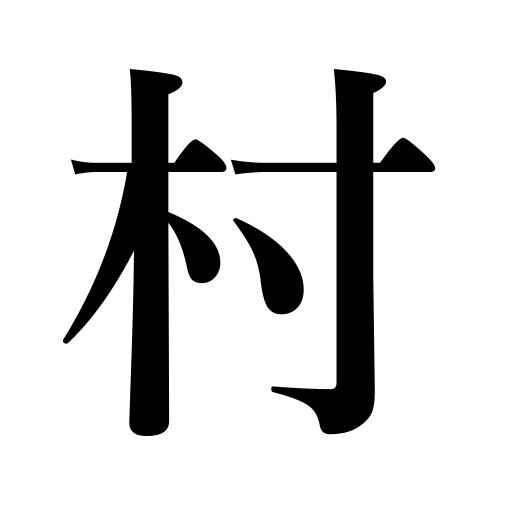
Meanings: hamlet,village